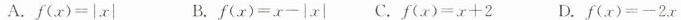
A.$$f ( x ) = | x |$$ B.$$f ( x ) = x - | x |$$ C.$$f ( x ) = x + 2$$ D.$$f ( x ) = - 2 x$$